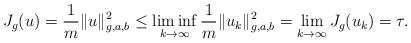
LaTeX: \begin{align*}J_{g}(u)=\frac{1}{m}\Vert u\Vert_{g,a,b}^{2}\leq\liminf_{k\rightarrow\infty}\frac{1}{m}\Vert u_{k}\Vert_{g,a,b}^{2}=\lim_{k\rightarrow\infty}J_{g}(u_{k})=\tau. \end{align*}